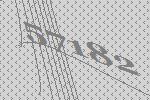
57182